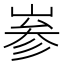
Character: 㟥